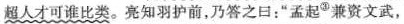
超人才可谁比类。亮知羽护前，乃答之曰:“孟起^③兼资文武，